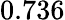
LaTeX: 0.736